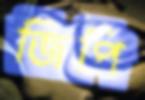
জিপি